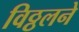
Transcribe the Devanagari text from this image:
विठ्ठलने